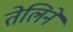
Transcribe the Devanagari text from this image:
तेलिने